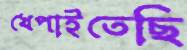
খেপাইতেছি